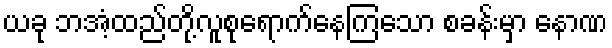
ယခု ဘအံ့ထည်တို့လူစုရောက်နေကြသော စခန်းမှာ နောဏ